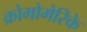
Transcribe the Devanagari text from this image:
क्रोमोमेरिके